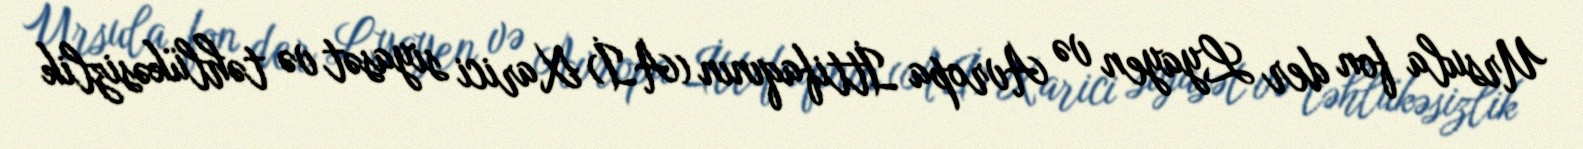
Ursula fon der Lyayen və Avropa İttifaqının (Aİ) Xarici siyasət və təhlükəsizlik